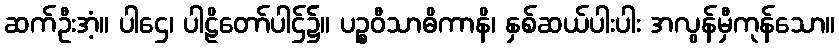
ဆက်ဦးအံ့။ ပါဌေ၊ ပါဠိတော်ပါဌ်၌။ ပဉ္စဝီသာဓိကာနိ၊ နှစ်ဆယ်ပါးပါး အလွန်မှီကုန်သော။